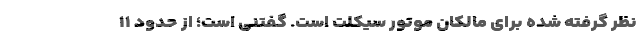
نظر گرفته شده برای مالکان موتور سیکلت است. گفتنی است؛ از حدود ۱۱